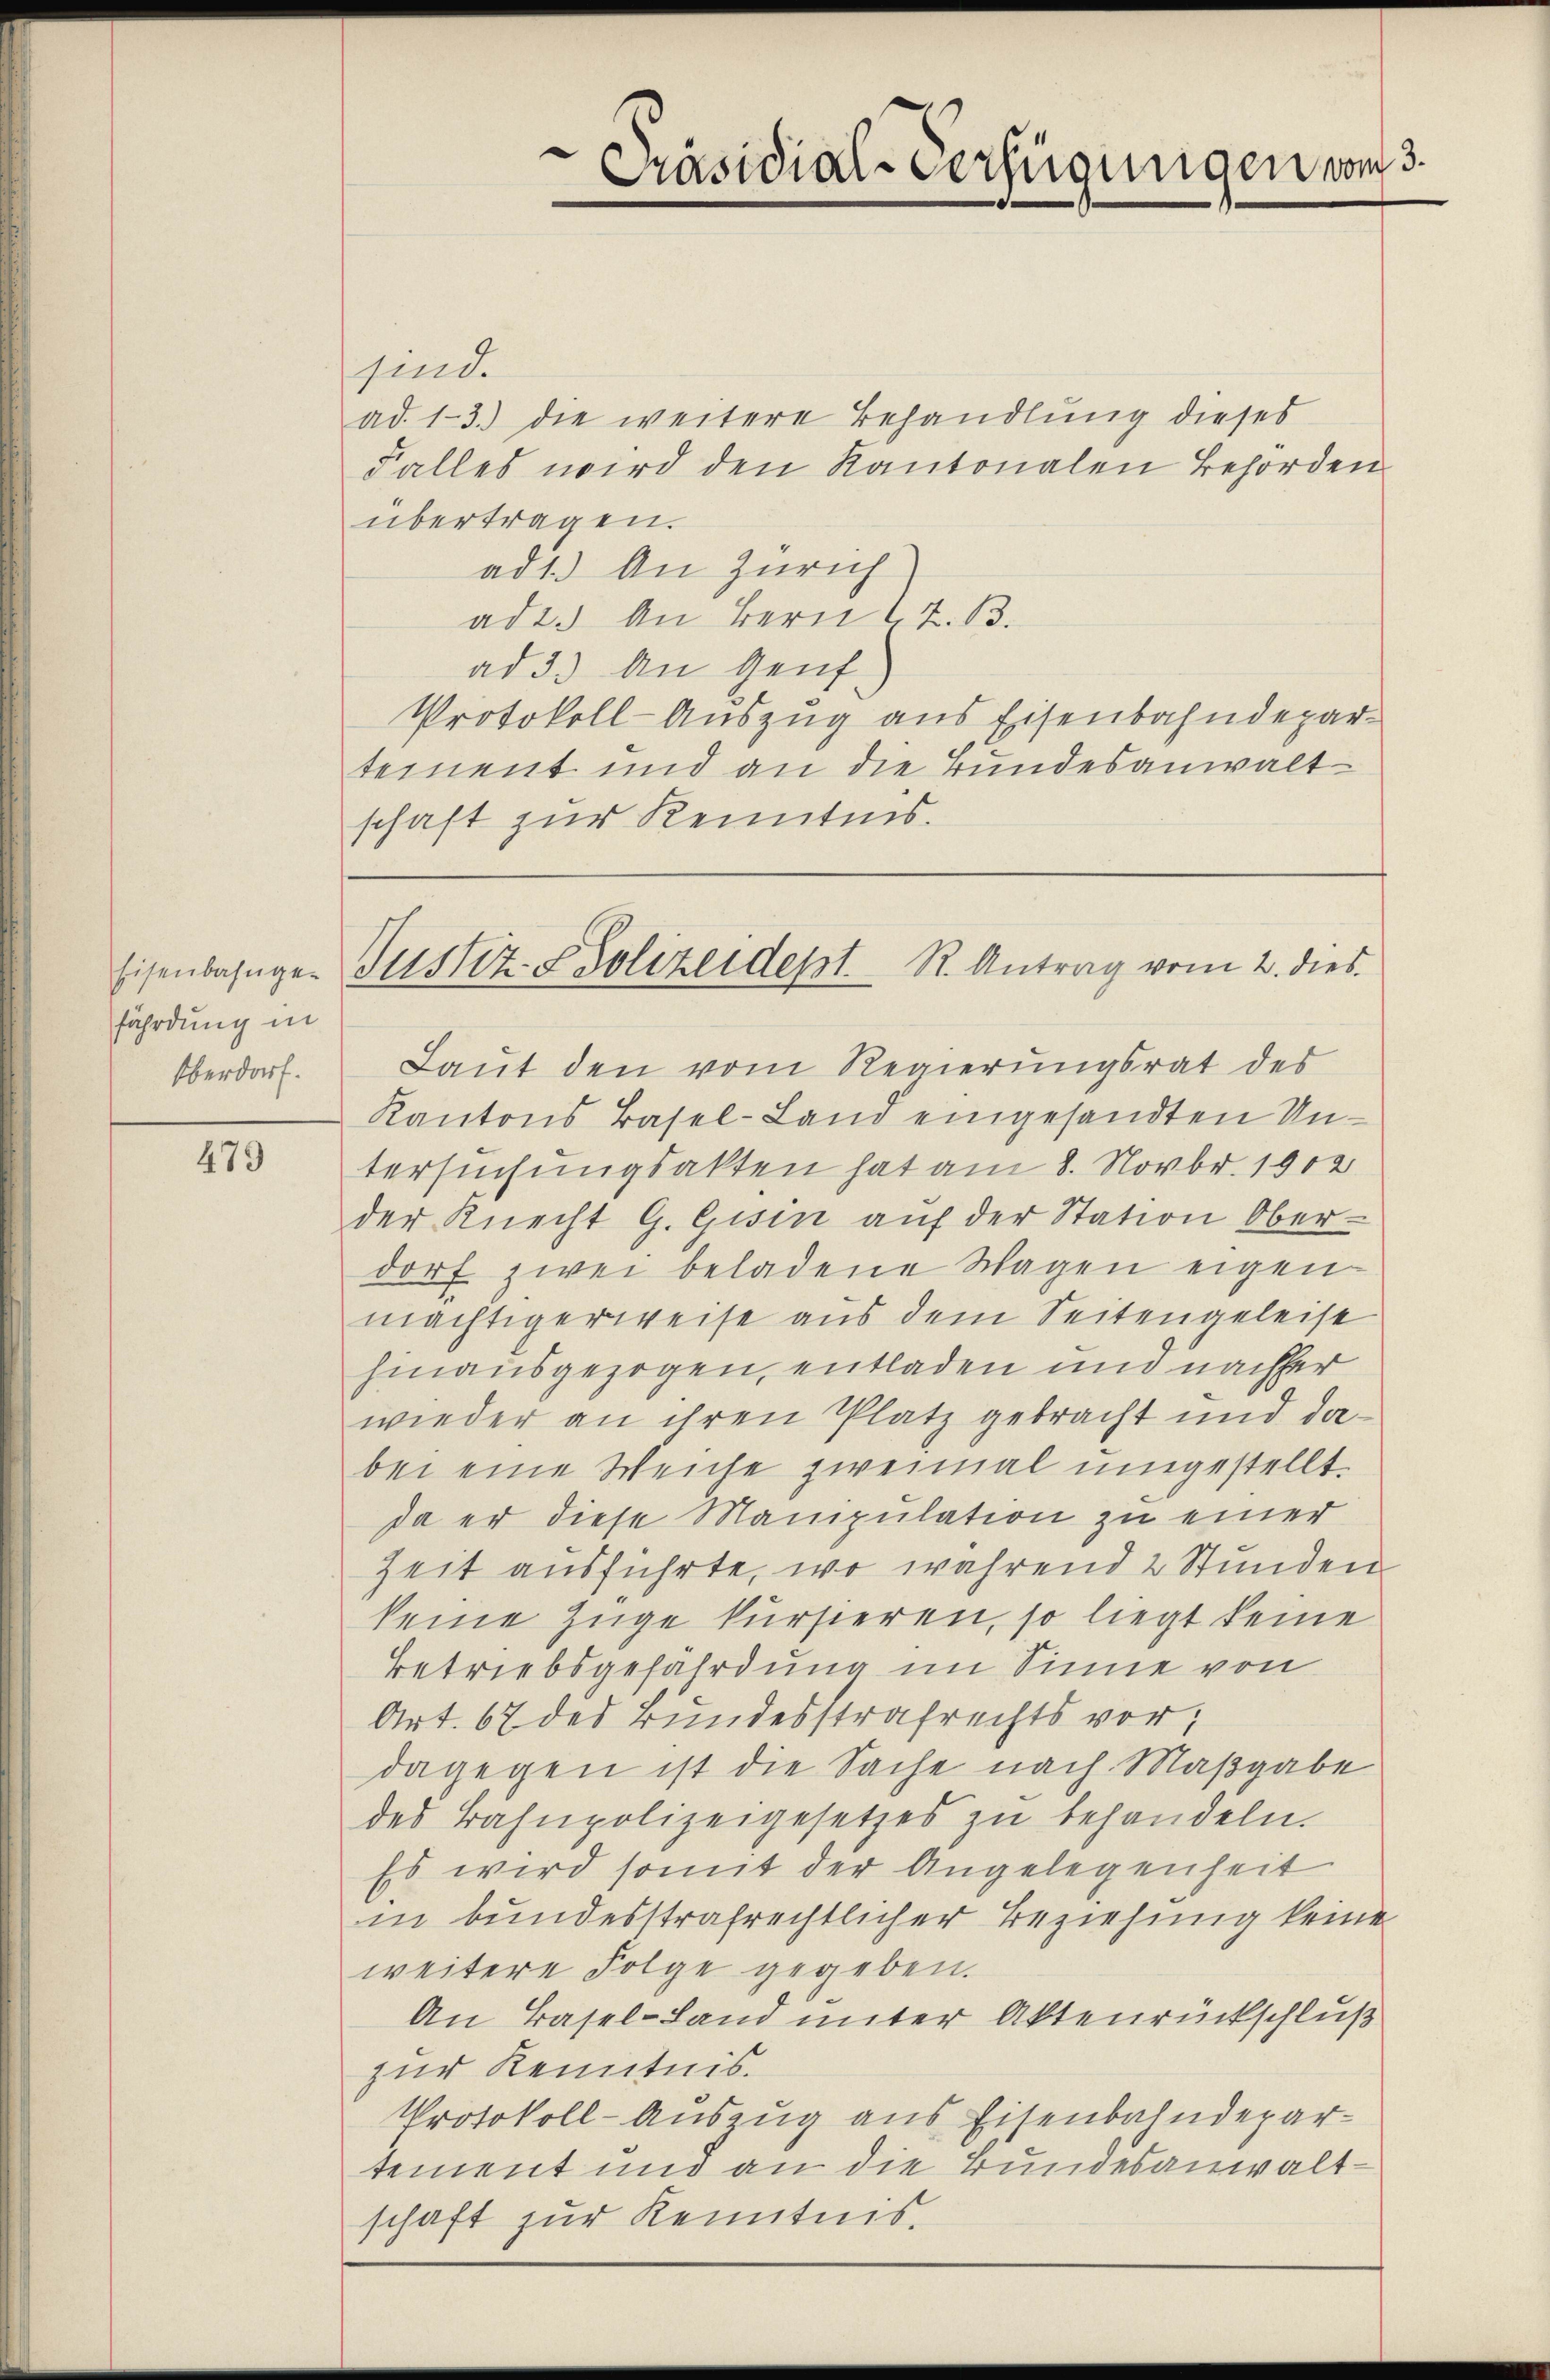
fährdung in
Oberdorf.

479

Präsidial-Verfügungen vom 3.

sind.
ad. 13. die weitere Behandlung dieses
Falles wird den Kantonalen Behörden
übertragen.
ad 1.) An Zürich
ad 2.) An Bern z. B.
ad 3.) An Genf
Protokoll Auszug aus Eisenbahndepartement und an die Bundesanwaltschaft zur Kenntnis.

Eisenbahnger Justiz- & Polizeidept. R. Antrag vom 2. dies

Laut den vom Regierungsrat des
Kantons Basel-Land eingesandten Untersuchungsakten hat am 8. Novbr. 1902
der Knecht G. Gisin auf der Station Oberdorf zwei beladene Wagen eigen
mächtigerweise aus dem Seitengeleise
hinausgezogen, entladen und nachher
wieder an ihren Platz gebracht und dabei eine Weiche zweimal umgestellt.
da er diese Manipulation zu einer
Zeit ausführte, wo während 2 Stunden
keine Züge kursieren, so liegt keine
Betriebsgefährdung im Sinne von
Art. 67 des Bundesstrafrechts vor,
dagegen ist die Sache nach Maßgabe
des Bahnpolizeigesetzes zu behandeln.
Es wird somit der Angelegenheit
in bundesstrafrechtlicher Beziehung keine
weitere Folge gegeben.
An Basel-Land unter Aktenrückschluß
zur Kenntnis.
Protokoll-Auszug aus Eisenbahndepartement und an die Bundesanwaltschaft zur Kenntnis.